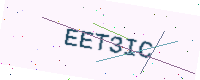
Text: EET3IC